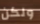
ولكن